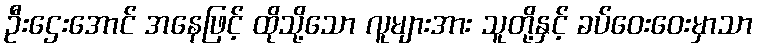
ဦးဌေးအောင် အနေဖြင့် ထိုသို့သော လူများအား သူတို့နှင့် ခပ်ဝေးဝေးမှာသာ